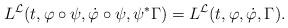
LaTeX: \begin{align*}L^\mathcal{L}(t,\varphi\circ\psi,\dot\varphi\circ\psi,\psi^*\Gamma)=L^\mathcal{L}(t,\varphi,\dot\varphi,\Gamma).\end{align*}